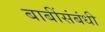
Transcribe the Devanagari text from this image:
बाबींसंबंधी